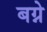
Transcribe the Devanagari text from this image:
बग्ने